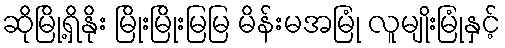
ဆိုမြို့ရှိနိုး မြိုးမြိုးမြမြ မိန်းမအမြုံ လူမျိုးမြုံနှင့်